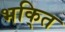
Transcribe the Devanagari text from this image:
भकि्‌त